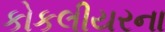
કોકલીયરના